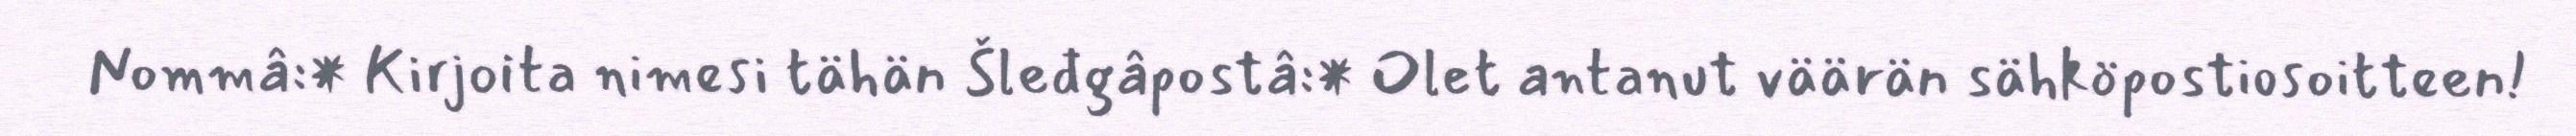
Nommâ:* Kirjoita nimesi tähän Šleđgâpostâ:* Olet antanut väärän sähköpostiosoitteen!